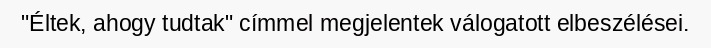
"Éltek, ahogy tudtak" címmel megjelentek válogatott elbeszélései.